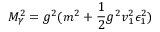
M _ { \gamma } ^ { 2 } = g ^ { 2 } ( m ^ { 2 } + { \frac { 1 } { 2 } } g ^ { 2 } v _ { 1 } ^ { 2 } \epsilon _ { 1 } ^ { 2 } )